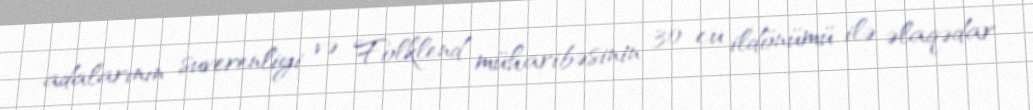
adalarının suverenliyi və Folklend müharibəsinin 30-cu ildönümü ilə əlaqədar